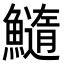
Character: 𩼂